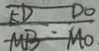
\frac { E D } { M B } = \frac { D O } { M O }